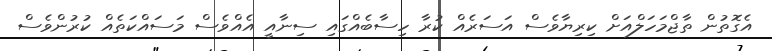
އެގޮތުން ތާޖްމަހަލްއަށް ކިރިޔާވެސް އަސަރެއް ކުރާ ހިސާބެއްގައި ސިނާއީ އެއްވެސް މަސައްކަތެއް ކުރުންވެސް